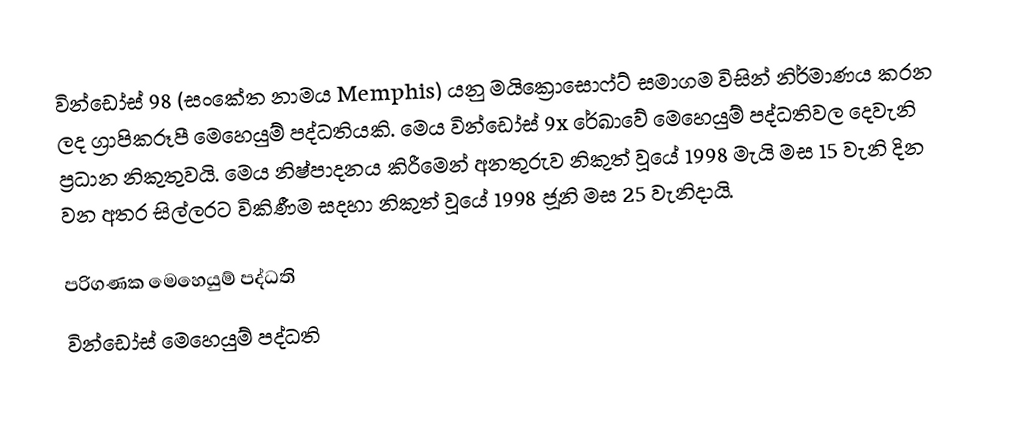
වින්ඩෝස් 98 (සංකේත නාමය Memphis) යනු මයික්‍රොසොෆ්ට් සමාගම විසින්    නිර්මාණය කරන ලද ග්‍රාපිකරූපී මෙහෙයුම් පද්ධතියකි. මෙය වින්ඩෝස් 9x රේඛාවේ මෙහෙයුම් පද්ධතිවල දෙවැනි ප්‍රධාන නිකුතුවයි. මෙය නිෂ්පාදනය කිරීමෙන් අනතුරුව නිකුත් වූයේ 1998 මැයි මස 15 වැනි දින වන අතර   සිල්ලරට විකිණීම සදහා නිකුත් වූයේ  1998 ජූනි මස 25 වැනිදායි.

පරිගණක මෙහෙයුම් පද්ධති
වින්ඩෝස් මෙහෙයුම් පද්ධති